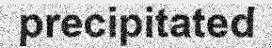
precipitated